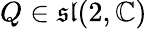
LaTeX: Q\in{\mathfrak{sl}}(2,\mathbb{C})